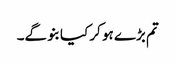
تم بڑے ہو کر کیا بنو گے۔